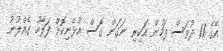
އޭގެ 11 ދުވަސް ފަހުން އަކިރި ނަގަން ގޮސް އުޅެނިކޮށް ފަލާހު ގެއްލުނު